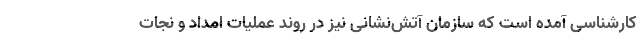
کارشناسی آمده است که سازمان آتش‌نشانی نیز در روند عملیات امداد و نجات